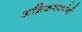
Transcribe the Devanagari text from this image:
अग्निशमकांनी